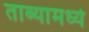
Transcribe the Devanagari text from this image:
ताब्यामध्ये